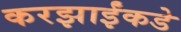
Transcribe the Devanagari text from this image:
करझाईंकडे